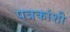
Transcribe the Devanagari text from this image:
पत्रकांशी